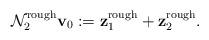
LaTeX: \begin{align*}\mathcal{N}_{2}^{\operatorname*{rough}}\mathbf{v}_{0}:=\mathbf{z}_{1}^{\operatorname*{rough}}+\mathbf{z}_{2}^{\operatorname*{rough}}.\end{align*}